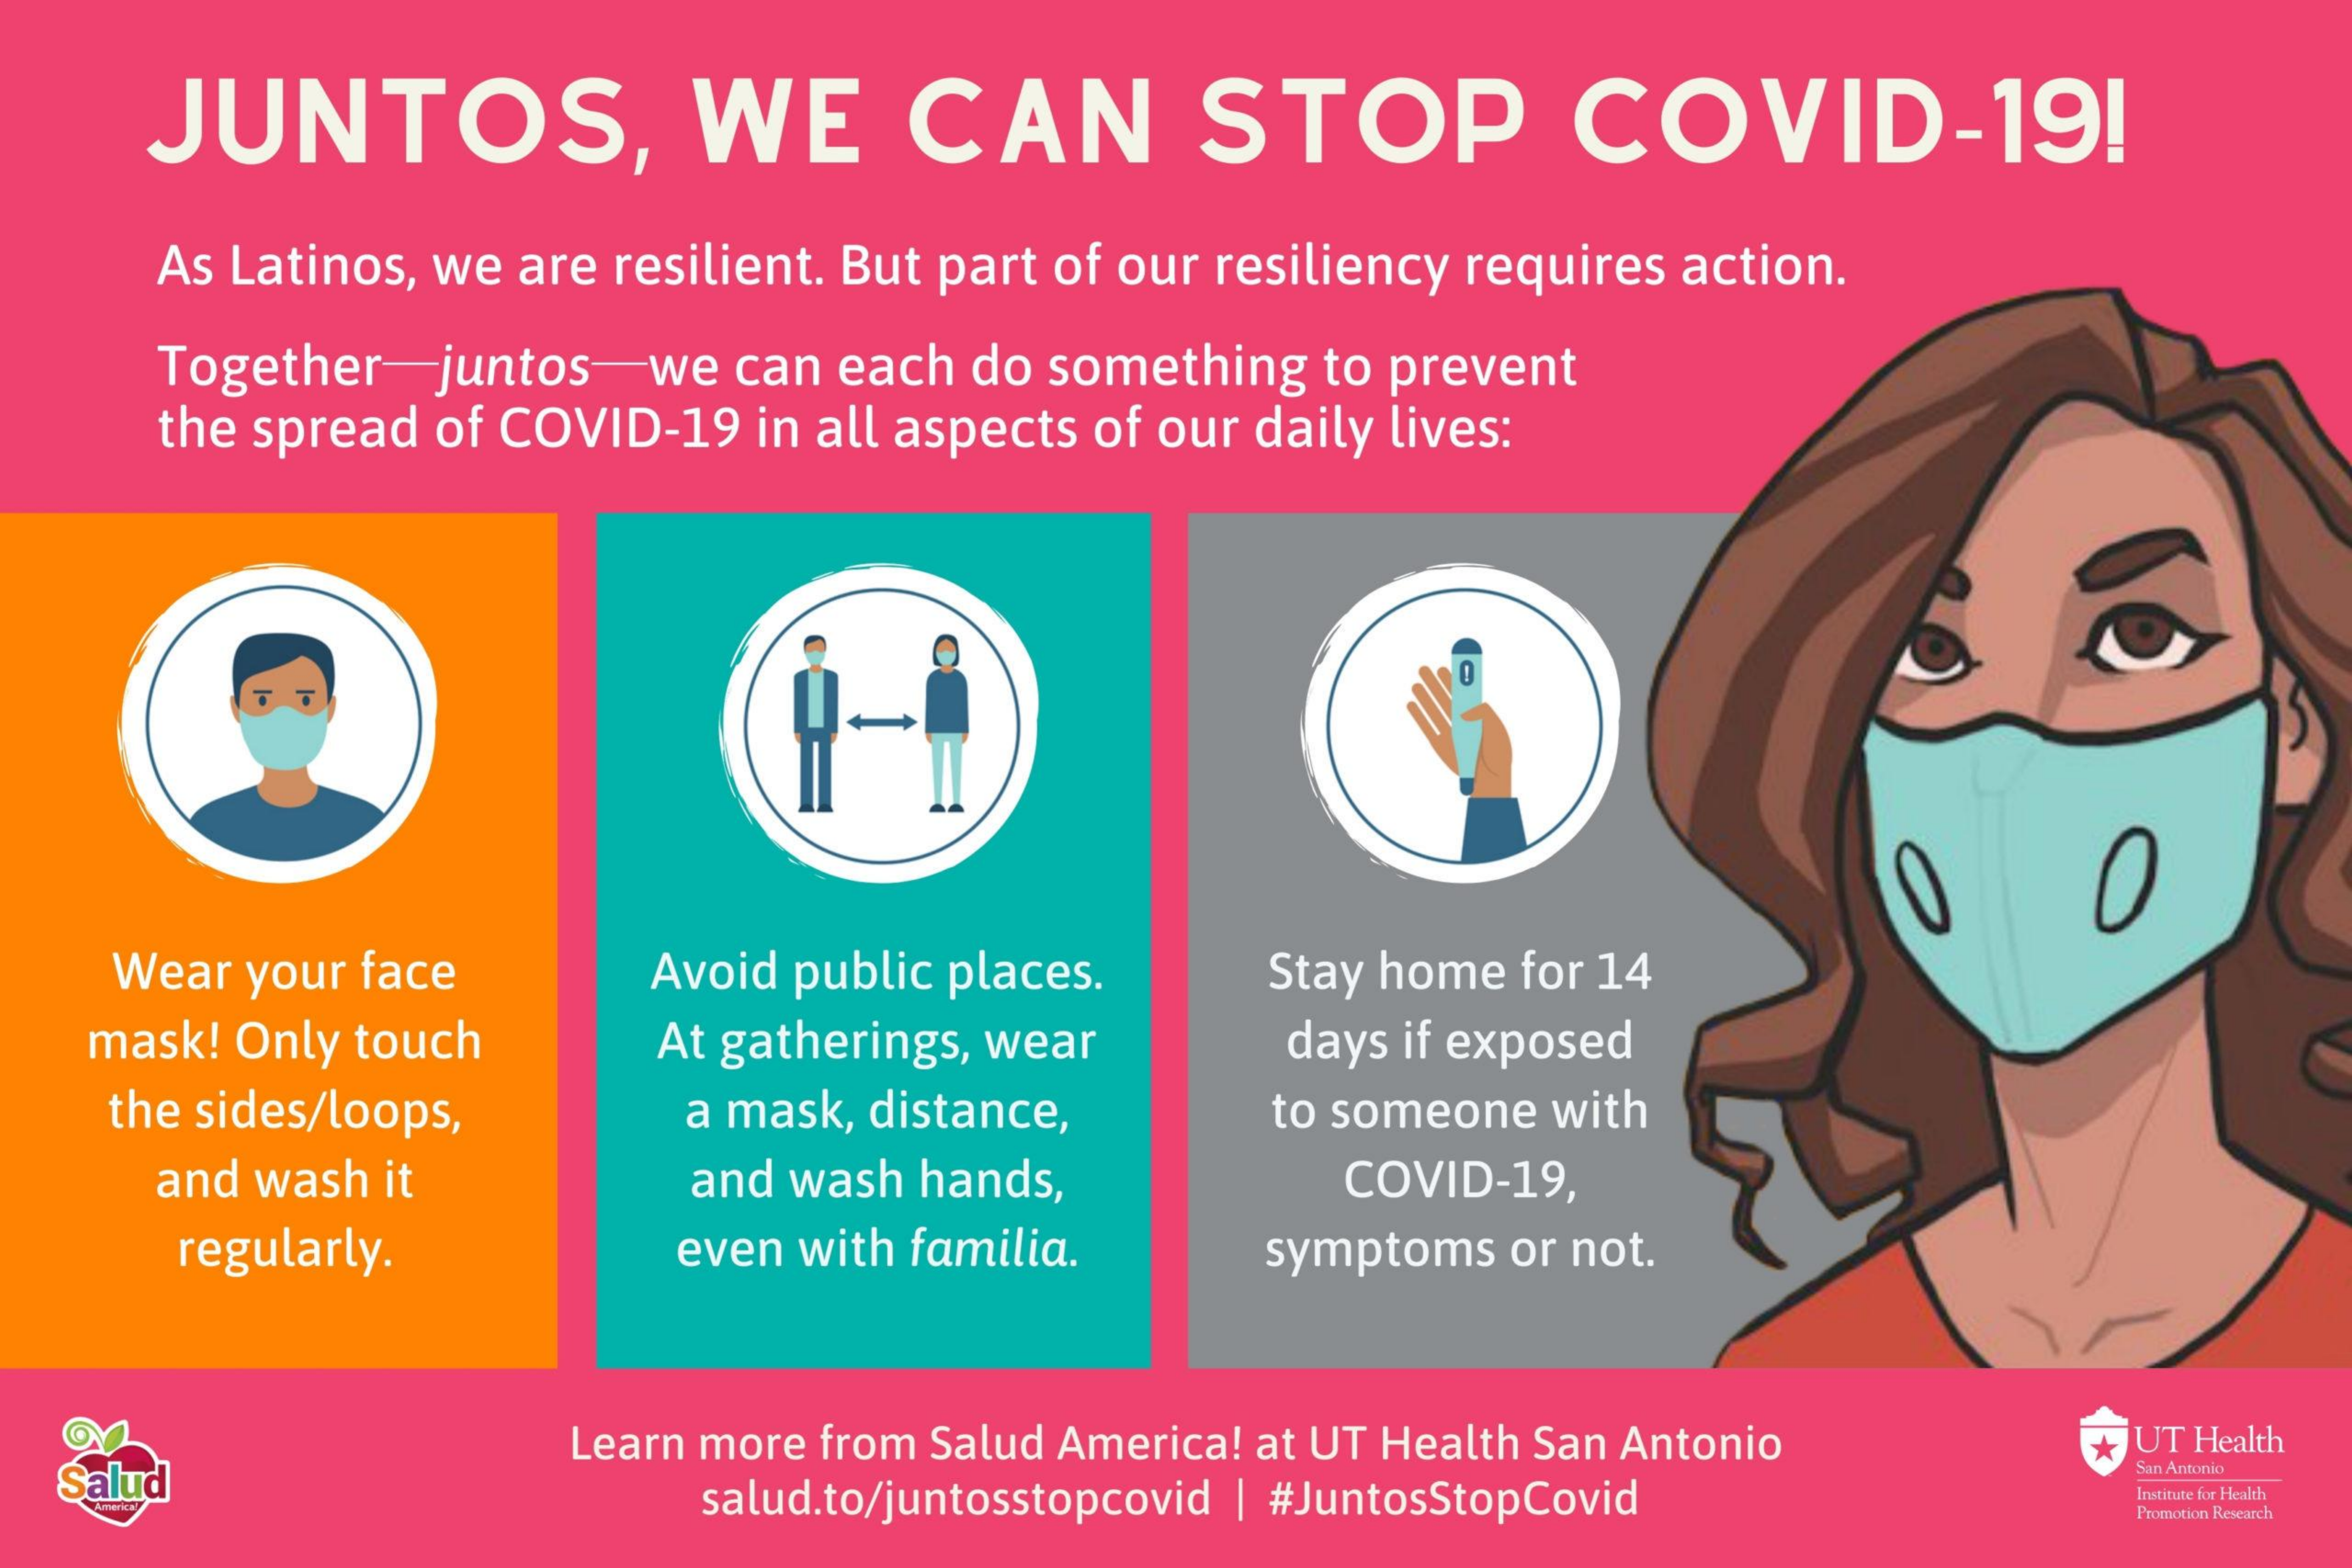
JUNTOS,    WE    CAN    STOP    COVID-19!
     As Latinos, we are resilient. But part of our resiliency requires action.
     Together  juntos-we  can each do something to prevent
     the spread of COVID-19 in all aspects of our daily lives:
     O
    Wear your face    Avoid public places.   Stay home for 14
   mask! Only touch    At gatherings, wear    days if exposed
    the sides/loops,    a mask, distance,    to someone with
     and wash it    and wash hands,    COVID-19,
     regularly.    even with familia.    symptoms or not.
   Salud
     Learn more from Salud America! at UT Health San Antonio * UT Health
     San Antonio
     salud.to/juntosstopcovid | #JuntosStopCovid    Institute for Health
     Promotion Research